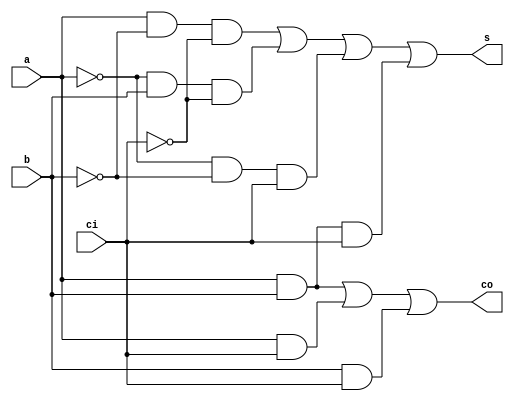
module fadd(a,b,s,ci,co);

input a,b,ci;
output s,co;

reg s,co;

always @ (a or b or ci)
begin 

s<=(a&~b&~ci)|(~a&b&~ci)|(~a&~b&ci)|(a&b&ci);
co<=(a&b)|(a&ci)|(b&ci);

end

endmodule